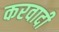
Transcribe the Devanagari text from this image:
करवादी